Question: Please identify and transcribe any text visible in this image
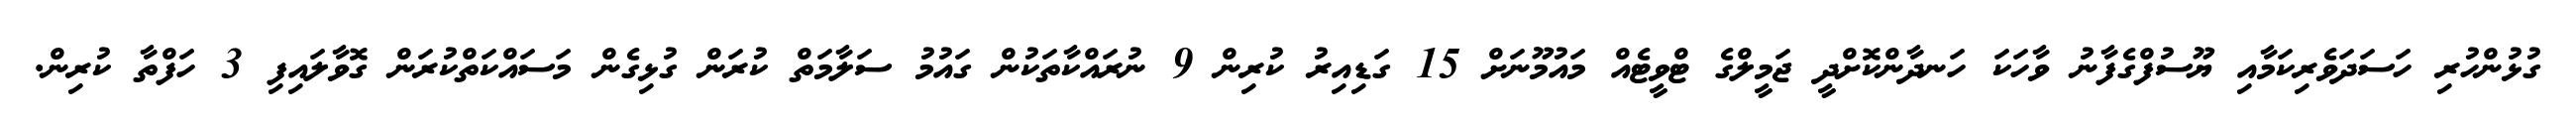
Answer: ގުޅުންހުރި ހަސަދަވެރިކަމާއި ޔޫސުފްގެފާނު ވާހަކަ ހަނދާންކޮށްދީ ޖަމީލްގެ ޓްވީޓެއް މައުމޫނަށް 15 ގަޑިއިރު ކުރިން 9 ނުރައްކާތަކުން ގައުމު ސަލާމަތް ކުރަން ގުޅިގެން މަސައްކަތްކުރަން ގޮވާލައިފި 3 ހަފްތާ ކުރިން.